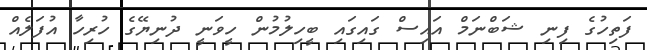
ފަތިހުގެ ފިނި ޝަބްނަމް އައިސް ގައިގައި ބީހިލުމުން ހީވަނީ ދުނިޔޭގެ ހުރިހާ އުފަލެއް